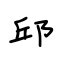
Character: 邱